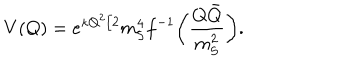
V ( Q ) = e ^ { \kappa Q ^ { 2 } / 2 } m _ { \mathrm { S } } ^ { 4 } f ^ { - 1 } \biggl ( \frac { Q \bar { Q } } { m _ { \mathrm { S } } ^ { 2 } } \biggr ) .